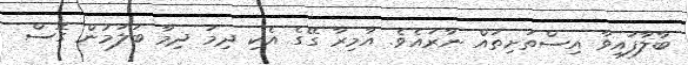
ބާލާފައިވާ އިސްތަށިތައް ނާރައެވެ. އާމިރާ ގޭގެ އެކި ދިމަ ދިމާ ބަލަމުން ގޮސް